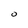
Character: O